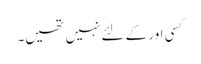
کسی اور کے لئے نہیں تھیں۔